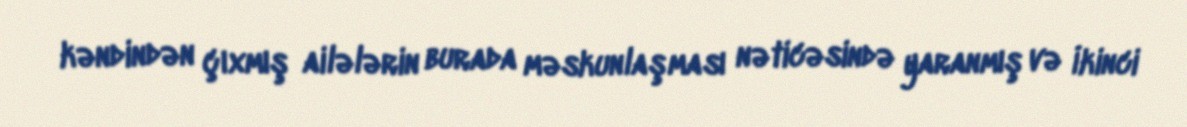
kəndindən çıxmış ailələrin burada məskunlaşması nəticəsində yaranmış və İkinci